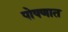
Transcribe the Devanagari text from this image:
पोषणात